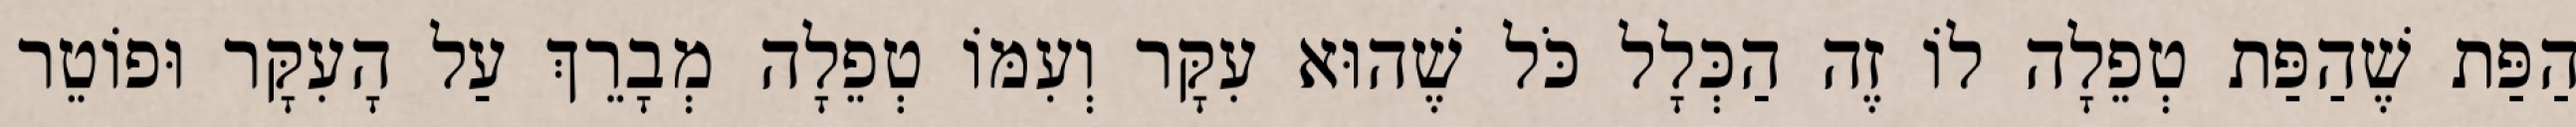
הַפַּת שֶׁהַפַּת טְפֵלָה לוֹ זֶה הַכְּלָל כֹּל שֶׁהוּא עִקָּר וְעִמּוֹ טְפֵלָה מְבָרֵךְ עַל הָעִקָּר וּפוֹטֵר